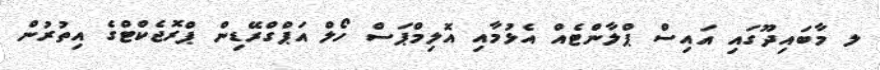
ލ މާބައިދޫގައި އައިސް ޕްލާންޓެއް އެޅުމާއި އޮލިމްޕަސް ހޯލް އަޕްގްރޭޑިން ޕްރޮޖެކްޓްގެ އިތުރުން